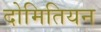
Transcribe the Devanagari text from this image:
दोमितियन